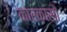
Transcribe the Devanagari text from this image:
कारकासौं